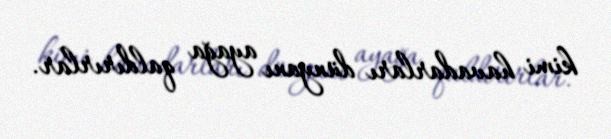
kimi havadarları dünyanı ayağa qaldırırlar.